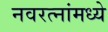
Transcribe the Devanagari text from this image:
नवरत्‍नांमध्ये